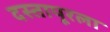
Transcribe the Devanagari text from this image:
दस्तापूरला